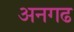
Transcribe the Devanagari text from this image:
अनगढ